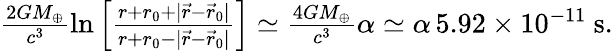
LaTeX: \begin{array}{r}{\frac{2GM_{\oplus}}{c^{3}}\ln\Big[\frac{r+r_{0}+|{\vec{r}}-{\vec{r}}_{0}|}{r+r_{0}-|{\vec{r}}-{\vec{r}}_{0}|}\Big]\simeq\frac{4GM_{\oplus}}{c^{3}}\alpha\simeq\alpha\, 5.92\times 10^{-11}~\mathrm{s}.}\end{array}